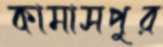
কামাসপুর